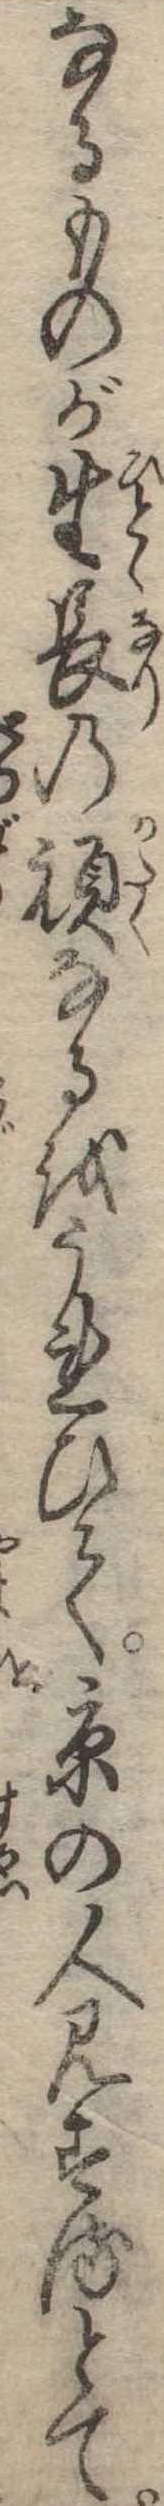
なるものが生長の頑なるをうれひて京の人見するとて